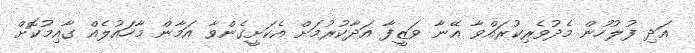
އަދި ފުލުހުން މެދުވެރިކުރައްވާ އޭނާ ވަޒީފާ އަދާކުރުމަށް އެކަށީގެންވާ އަމާން މާހައުލެއް ގާއިމުކޮށް